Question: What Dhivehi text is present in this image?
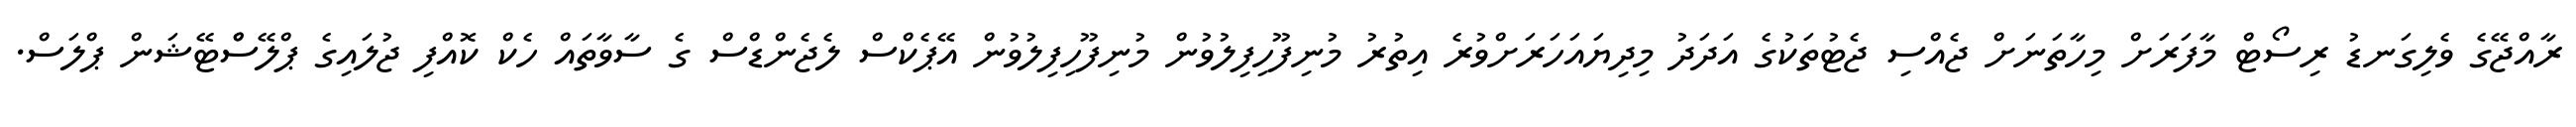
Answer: ރާއްޖޭގެ ވެލިގަނޑު ރިސޯޓް މާފަރަށް މިހާތަނަށް ޖެއްސި ޖެޓުތަކުގެ އަދަދު މިދިޔައަހަރަށްވުރެ އިތުރު މުނިފޫހިފިލުވުން މުނިފޫހިފިލުވުން އޭޕެކްސް ލެޖެންޑްސް ގެ ސާވާތައް ހެކް ކޮއްފި ޖުލައިގެ ޕްލޭސްްޓޭޝަން ޕްލަސް.